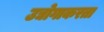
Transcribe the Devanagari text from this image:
उद्योगाकरता